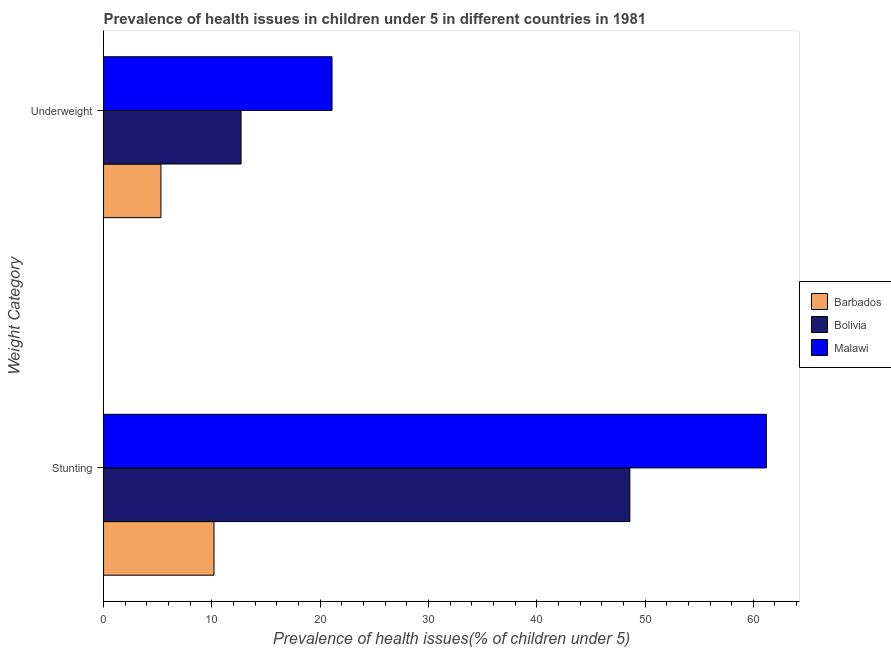
| Weight Category | Barbados | Bolivia | Malawi |
 | --- | --- | --- | --- |
 | Stunting | 10.2 | 48.6 | 61.2 |
 | Underweight | 5.3 | 12.7 | 21.1 |